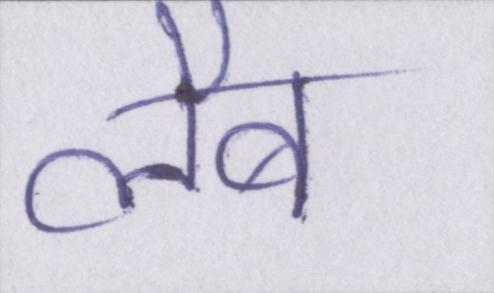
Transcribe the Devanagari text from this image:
लैब